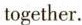
together.